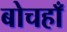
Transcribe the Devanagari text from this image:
बोचहाँ